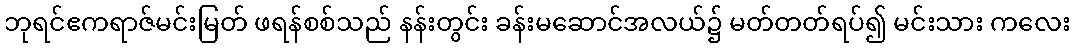
ဘုရင်ဧကရာဇ်မင်းမြတ် ဖရန်စစ်သည် နန်းတွင်း ခန်းမဆောင်အလယ်၌ မတ်တတ်ရပ်၍ မင်းသား ကလေး